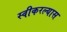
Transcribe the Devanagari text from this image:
स्वीकरल्यास